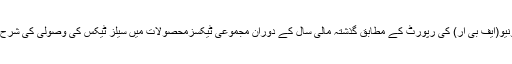
فیڈرل بورڈ آف ریونیو(ایف بی آر) کی رپورٹ کے مطابق گذشتہ مالی سال کے دوران مجموعی ٹیکسزمحصولات میں سیلز ٹیکس کی وصولی کی شرح39 فیصد رہی ہے۔